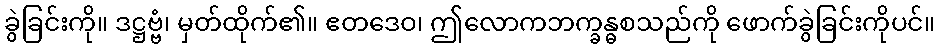
ခွဲခြင်းကို။ ဒဋ္ဌဗ္ဗံ၊ မှတ်ထိုက်၏။ ဧတဒေဝ၊ ဤလောကဘက္ခန္ဓစသည်ကို ဖောက်ခွဲခြင်းကိုပင်။